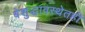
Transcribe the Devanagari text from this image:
बेशुद्धावस्थेतही